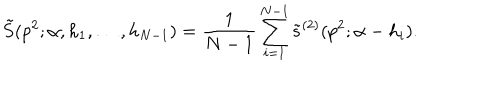
LaTeX: \tilde { S } ( p ^ { 2 } ; \alpha , h _ { 1 } , \ldots , h _ { N - 1 } ) = { \frac { 1 } { N - 1 } } \sum _ { i = 1 } ^ { N - 1 } \tilde { s } ^ { ( 2 ) } ( p ^ { 2 } ; \alpha - h _ { i } ) .